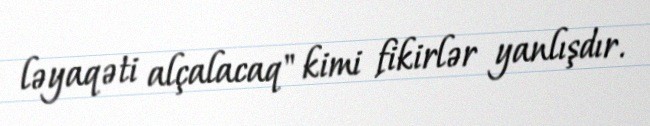
ləyaqəti alçalacaq" kimi fikirlər yanlışdır.